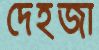
দেহজা